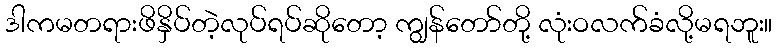
ဒါကမတရားဖိနှိပ်တဲ့လုပ်ရပ်ဆိုတော့ ကျွန်တော်တို့ လုံးဝလက်ခံလို့မရဘူး။